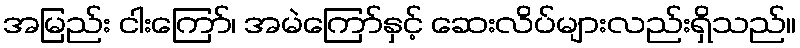
အမြည်း ငါးကြော်၊ အမဲကြော်နှင့် ဆေးလိပ်များလည်းရှိသည်။